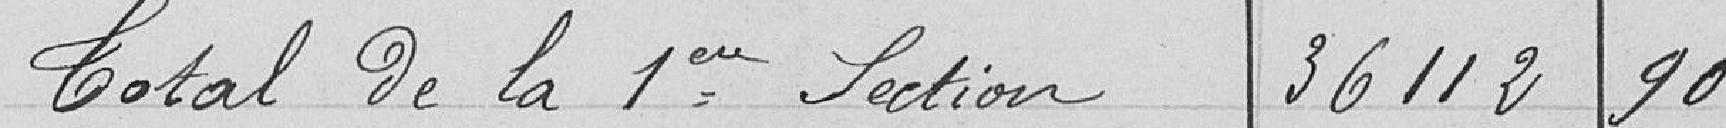
Total de la 1ère section : 36 11290